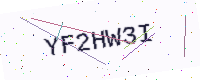
Text: YF2HW3I